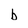
Character: b